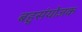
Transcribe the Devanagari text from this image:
बहुसंयोजक